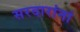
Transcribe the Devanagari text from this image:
सरदारांनां